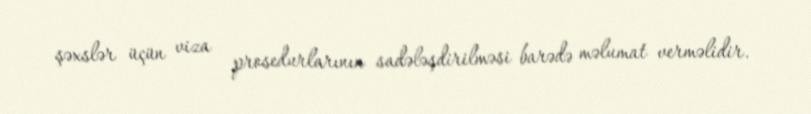
şəxslər üçün viza prosedurlarının sadələşdirilməsi barədə məlumat verməlidir.